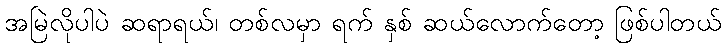
အမြဲလိုပါပဲ ဆရာရယ်၊ တစ်လမှာ ရက် နှစ် ဆယ်လောက်တော့ ဖြစ်ပါတယ်